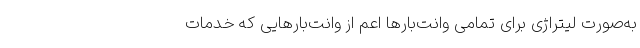
به‌صورت لیتراژی برای تمامی وانت‌بارها اعم از وانت‌بارهایی که خدمات